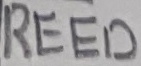
Text: REED